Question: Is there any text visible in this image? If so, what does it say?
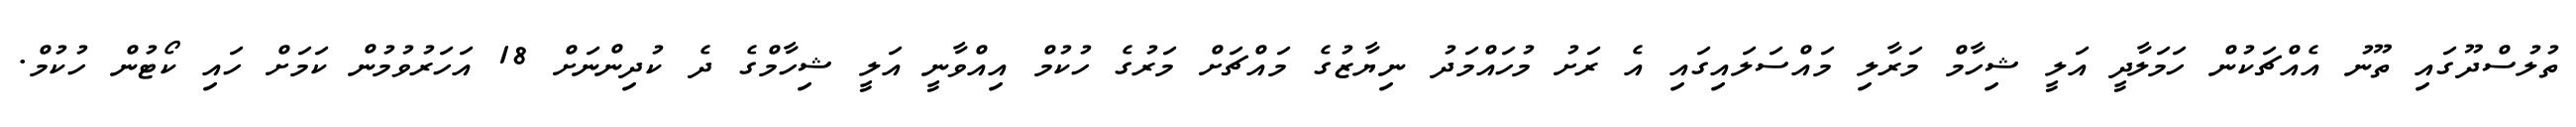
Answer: ތުލުސްދޫގައި ތޫނު އެއްޗަކުން ހަމަލާދީ އަލީ ޝިހާމް މަރާލި މައްސަލައިގައި އެ ރަށު މުހައްމަދު ނިޔާޒުގެ މައްޗަށް މަރުގެ ހުކުމް އިއްވާނީ އަލީ ޝިހާމްގެ ދެ ކުދިންނަށް 18 އަހަރުވުމުން ކަމަށް ހައި ކޯޓުން ހުކުމް.